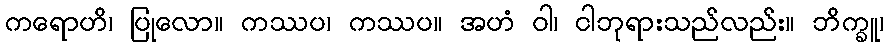
ကရောဟိ၊ ပြုလော။ ကဿပ၊ ကဿပ။ အဟံ ဝါ၊ ငါဘုရားသည်လည်း။ ဘိက္ခူ၊